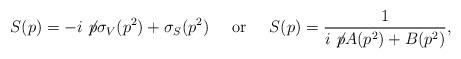
LaTeX: \begin{align*}S(p)= -i \not\! p \sigma_V(p^2)+\sigma_S(p^2) \;\;\;\;\; \mbox{or} \;\;\;\;\; S(p)= \frac{1}{ i \not\! p A(p^2)+B(p^2) },\end{align*}